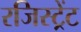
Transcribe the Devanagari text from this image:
रजिस्ट्रेंट